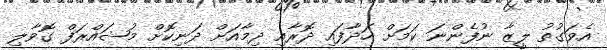
އެވަގުތު ލީޒާ ނުފެންނަ ކަމަށް ހަދާފައި ދޮރާއި ދިމާއަށް ދަނިކޮށް މުޝައްރަފް ގޮވާލި